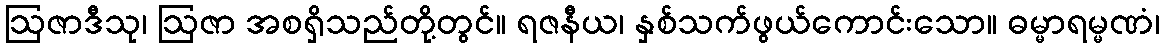
ဩဇာဒီသု၊ ဩဇာ အစရှိသည်တို့တွင်။ ရဇနီယ၊ နှစ်သက်ဖွယ်ကောင်းသော။ ဓမ္မာရမ္မဏံ၊